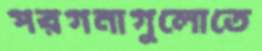
পরগনাগুলোতে